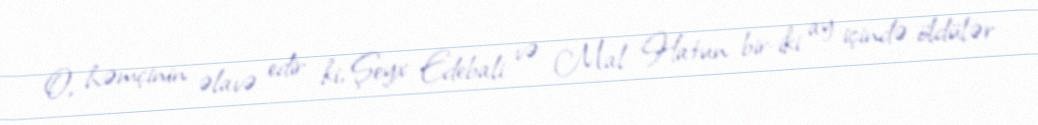
O, həmçinin əlavə edir ki, Şeyx Edebali və Mal Hatun bir-iki ay içində öldülər